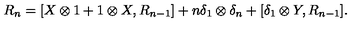
R _ { n } = [ X \otimes 1 + 1 \otimes X , R _ { n - 1 } ] + n \delta _ { 1 } \otimes \delta _ { n } + [ \delta _ { 1 } \otimes Y , R _ { n - 1 } ] .